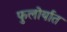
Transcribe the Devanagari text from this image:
फुलोर्यात